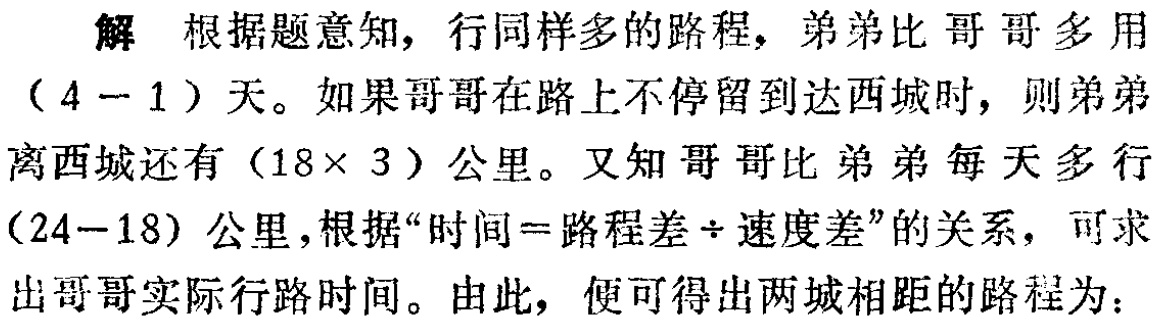
解 根据题意知，行同样多的路程，弟弟比哥哥多用

\((4 - 1)\)天。如果哥哥在路上不停留到达西城时，则弟弟

离西城还有\((18\times 3)\)公里。又知哥哥比弟弟每天多行

\((24 - 18)\)公里，根据“时间=路程差÷速度差”的关系，可求

出哥哥实际行路时间。由此，便可得出两城相距的路程为：